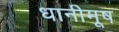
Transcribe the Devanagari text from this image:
धानीमूष